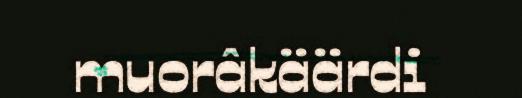
muorâkäärdi